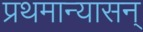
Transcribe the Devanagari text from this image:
प्रथमान्यासन्